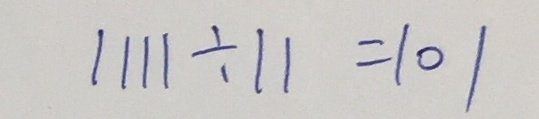
1 1 1 1 \div 1 1 = 1 0 1